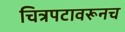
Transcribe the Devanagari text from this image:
चित्रपटावरूनच